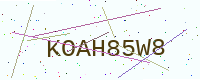
Text: KOAH85W8